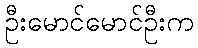
ဦးမောင်မောင်ဦးက